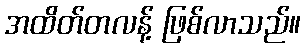
အထိတ်တလန့် ဖြစ်လာသည်။